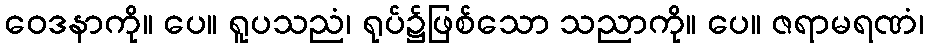
ဝေဒနာကို။ ပေ။ ရူပသညံ၊ ရုပ်၌ဖြစ်သော သညာကို။ ပေ။ ဇရာမရဏံ၊